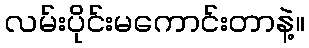
လမ်းပိုင်းမကောင်းတာနဲ့။